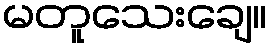
မတူသေးချေ။